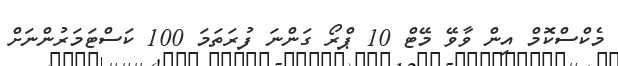
މެކްސްކޮމް އިން ވާވޭ މޭޓް 10 ޕްރޯ ގަންނަ ފުރަތަމަ 100 ކަސްޓަމަރުންނަށް